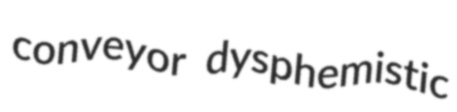
conveyor dysphemistic